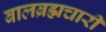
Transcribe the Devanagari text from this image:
बालब्रह्मचारी